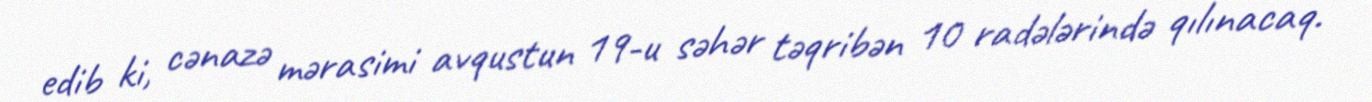
edib ki, cənazə mərasimi avqustun 19-u səhər təqribən 10 radələrində qılınacaq.